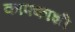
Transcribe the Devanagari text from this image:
काफ्काशी